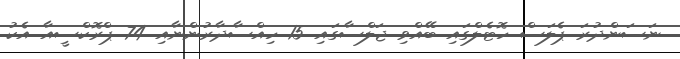
ނަސަންދުރަ ޕެލަސް ހޮޓެލްގައި ބޭއްވި ޖަލްސާގައި 15 ހިއްސާދާރުންނާއި 74 ޕްރޮކްސީއާ އެކު